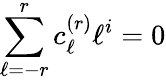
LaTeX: \sum_{\ell=-r}^{r}c_{\ell}^{(r)}\ell^{i}=0